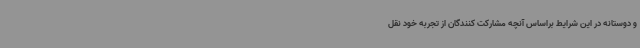
و دوستانه در این شرایط براساس آنچه مشارکت کنندگان از تجربه خود نقل